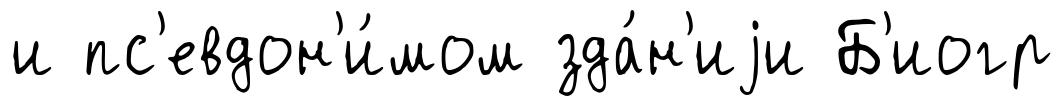
и пс'евдон'и́мом зда́н'иjи Б'иогр